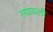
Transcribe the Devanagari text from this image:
त्यावली